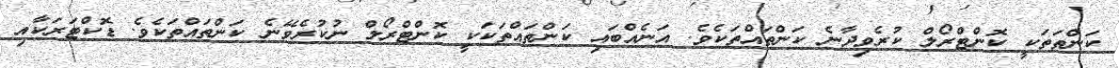
ކަންތަތަކީ ކޮންޓްރޯލް ކުރެވިދާނެ ކަންތައްތަކެވެ. އަނެއްބައި ކަންތައްތަކަކީ ކޮންޓްރޯލް ނުކުރެވޭނެ ކަންތައްތަކެވެ. ޑޮކްޓަރަކާއި